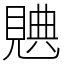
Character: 𧡝